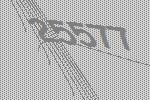
25577